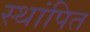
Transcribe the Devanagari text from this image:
स्थांपित